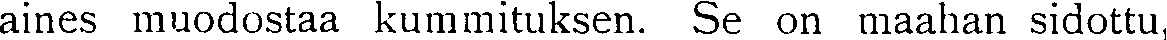
aines muodostaa kummituksen. Se on maahan sidottu,